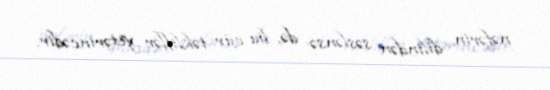
nəfərin dilindən səslənsə də, bu cür təkliflər yetərincədir.